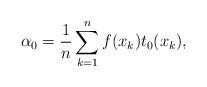
\begin{align*}\alpha _{0}=\frac{1}{n}\sum ^{n}_{k=1}f(x_{k})t_{0}(x_{k}),\end{align*}